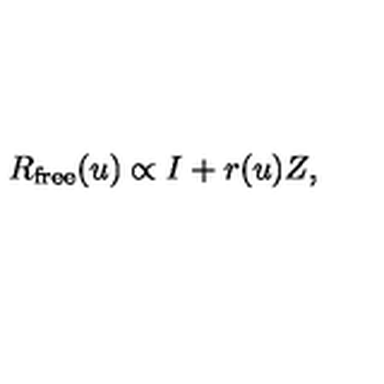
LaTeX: R _ { \mathrm { f r e e } } ( u ) \propto I + r ( u ) Z ,